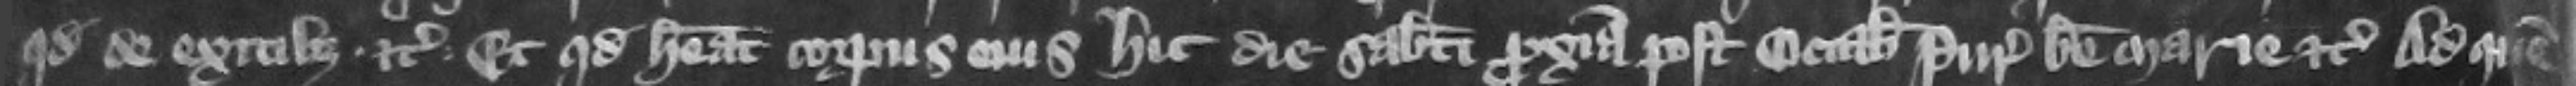
quod de exitibus etc. et quod habeat corpus cius hic die Sabati proxima post octabas Purificacionis beate Marie etc. Ad quem